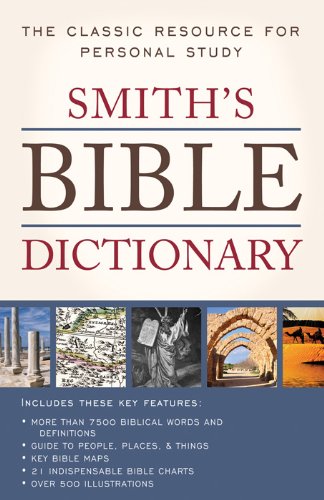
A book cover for SMITH'S BIBLE DICTIONARY (Inspirational Book Bargains); William Smith; Christian Books & Bibles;